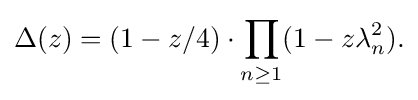
\displaystyle {\Delta (z)=(1-z/4)\cdot \prod _{n\geq 1}(1-z\lambda _{n}^{2}).}